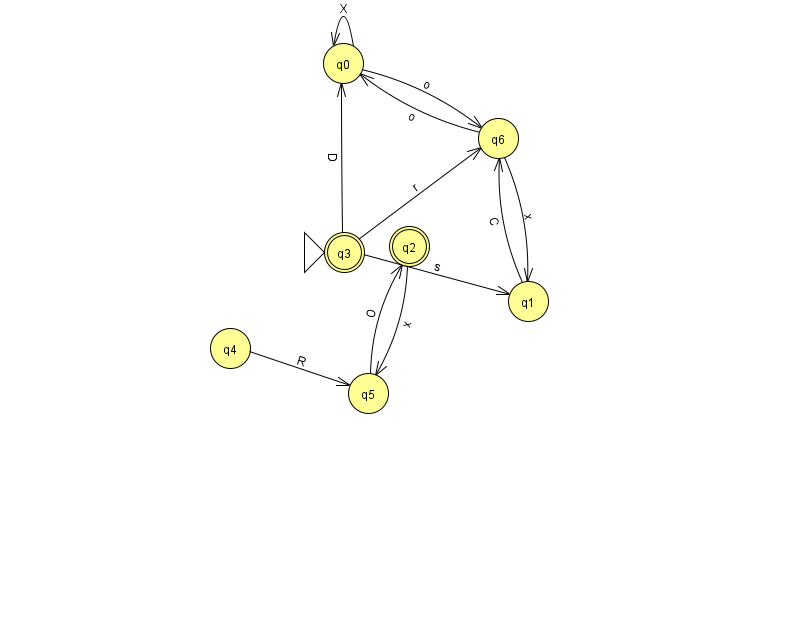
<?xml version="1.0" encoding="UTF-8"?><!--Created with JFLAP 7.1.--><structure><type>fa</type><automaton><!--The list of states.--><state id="0" name="q0"><x>343.0</x><y>50.0</y></state><state id="1" name="q1"><x>528.0</x><y>288.0</y></state><state id="2" name="q2"><x>409.0</x><y>233.0</y><final/></state><state id="3" name="q3"><x>344.0</x><y>239.0</y><initial/><final/></state><state id="4" name="q4"><x>230.0</x><y>335.0</y></state><state id="5" name="q5"><x>368.0</x><y>380.0</y></state><state id="6" name="q6"><x>498.0</x><y>125.0</y></state><!--The list of transitions.--><transition><from>1</from><to>6</to><read>C</read></transition><transition><from>3</from><to>1</to><read>s</read></transition><transition><from>3</from><to>6</to><read>r</read></transition><transition><from>5</from><to>2</to><read>O</read></transition><transition><from>2</from><to>5</to><read>x</read></transition><transition><from>0</from><to>6</to><read>o</read></transition><transition><from>6</from><to>0</to><read>o</read></transition><transition><from>0</from><to>0</to><read>X</read></transition><transition><from>4</from><to>5</to><read>R</read></transition><transition><from>6</from><to>1</to><read>x</read></transition><transition><from>3</from><to>0</to><read>D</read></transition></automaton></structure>